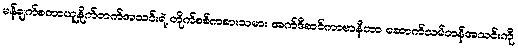
မန်ချက်စတာယူနိုက်တက်အသင်းရဲ့ တိုက်စစ်ကစားသမား အက်ဒီဆင်ကာဗာနီဟာ ဆောက်သမ်တန်အသင်းကို